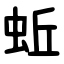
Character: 蚯